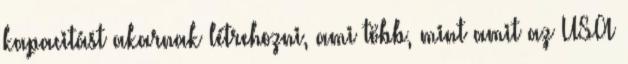
kapacitást akarnak létrehozni, ami több, mint amit az USA